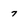
Character: 7